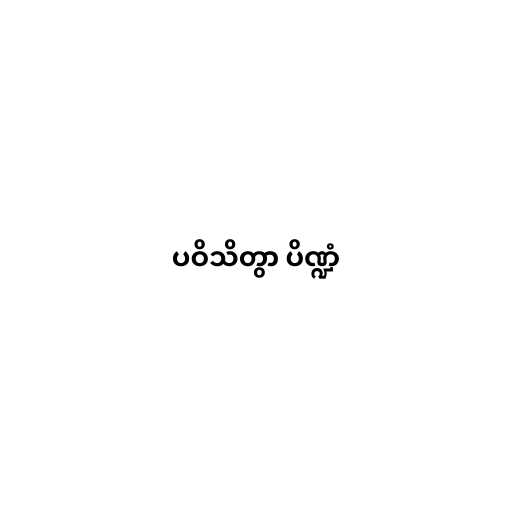
ပဝိသိတွာ ပိဏ္ဍံ